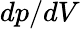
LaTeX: dp/dV